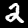
Digit: 2